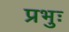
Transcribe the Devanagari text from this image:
प्रभुः